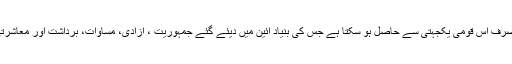
یہ ایک نا گذیر تو ازن ہے جو ہمیں صرف اس قومی یکجہتی سے حاصل ہو سکتا ہے جس کی بنیاد آئین میں دیئے گئے جمہوریت ، آزادی، مساوات، برداشت اور معاشرتی انصاف کے اصولو ں پر استوار ہو۔